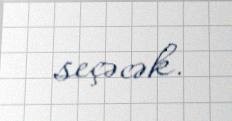
seçəcək.